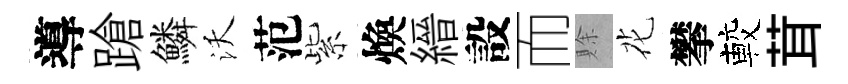
導蹌鱗沃范紫煥縉設而賖花攀較茸